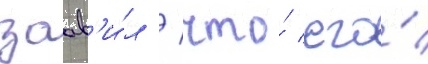
заав'и́л / что́ его́